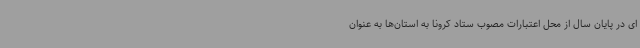
ای در پایان سال از محل اعتبارات مصوب ستاد کرونا به استان‌ها به عنوان